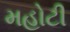
મહોટી